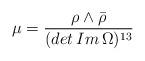
LaTeX: \begin{align*}\mu=\frac{\rho\wedge\bar{\rho}}{(det\,Im\,\Omega)^{13}}\end{align*}